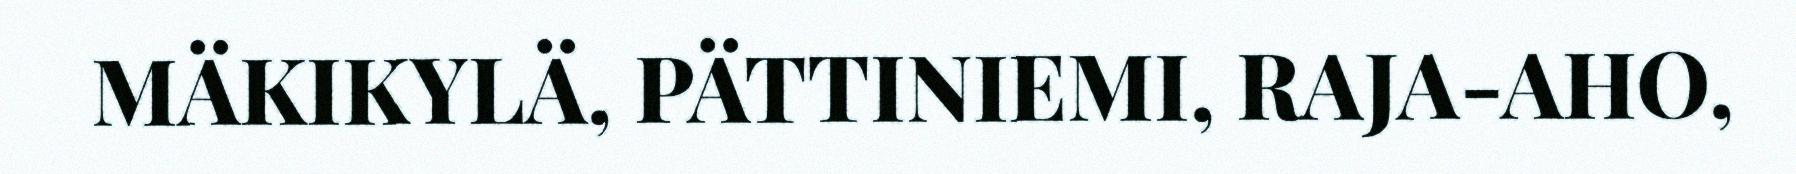
MÄKIKYLÄ, PÄTTINIEMI, RAJA-AHO,